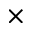
\times